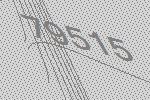
79515